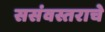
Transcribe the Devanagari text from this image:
ससंवस्तराचे